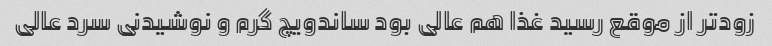
زود‌تر از موقع رسید غذا هم عالی بود ساندویچ گرم و نوشیدنی سرد عالی